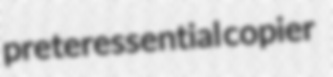
preteressential copier